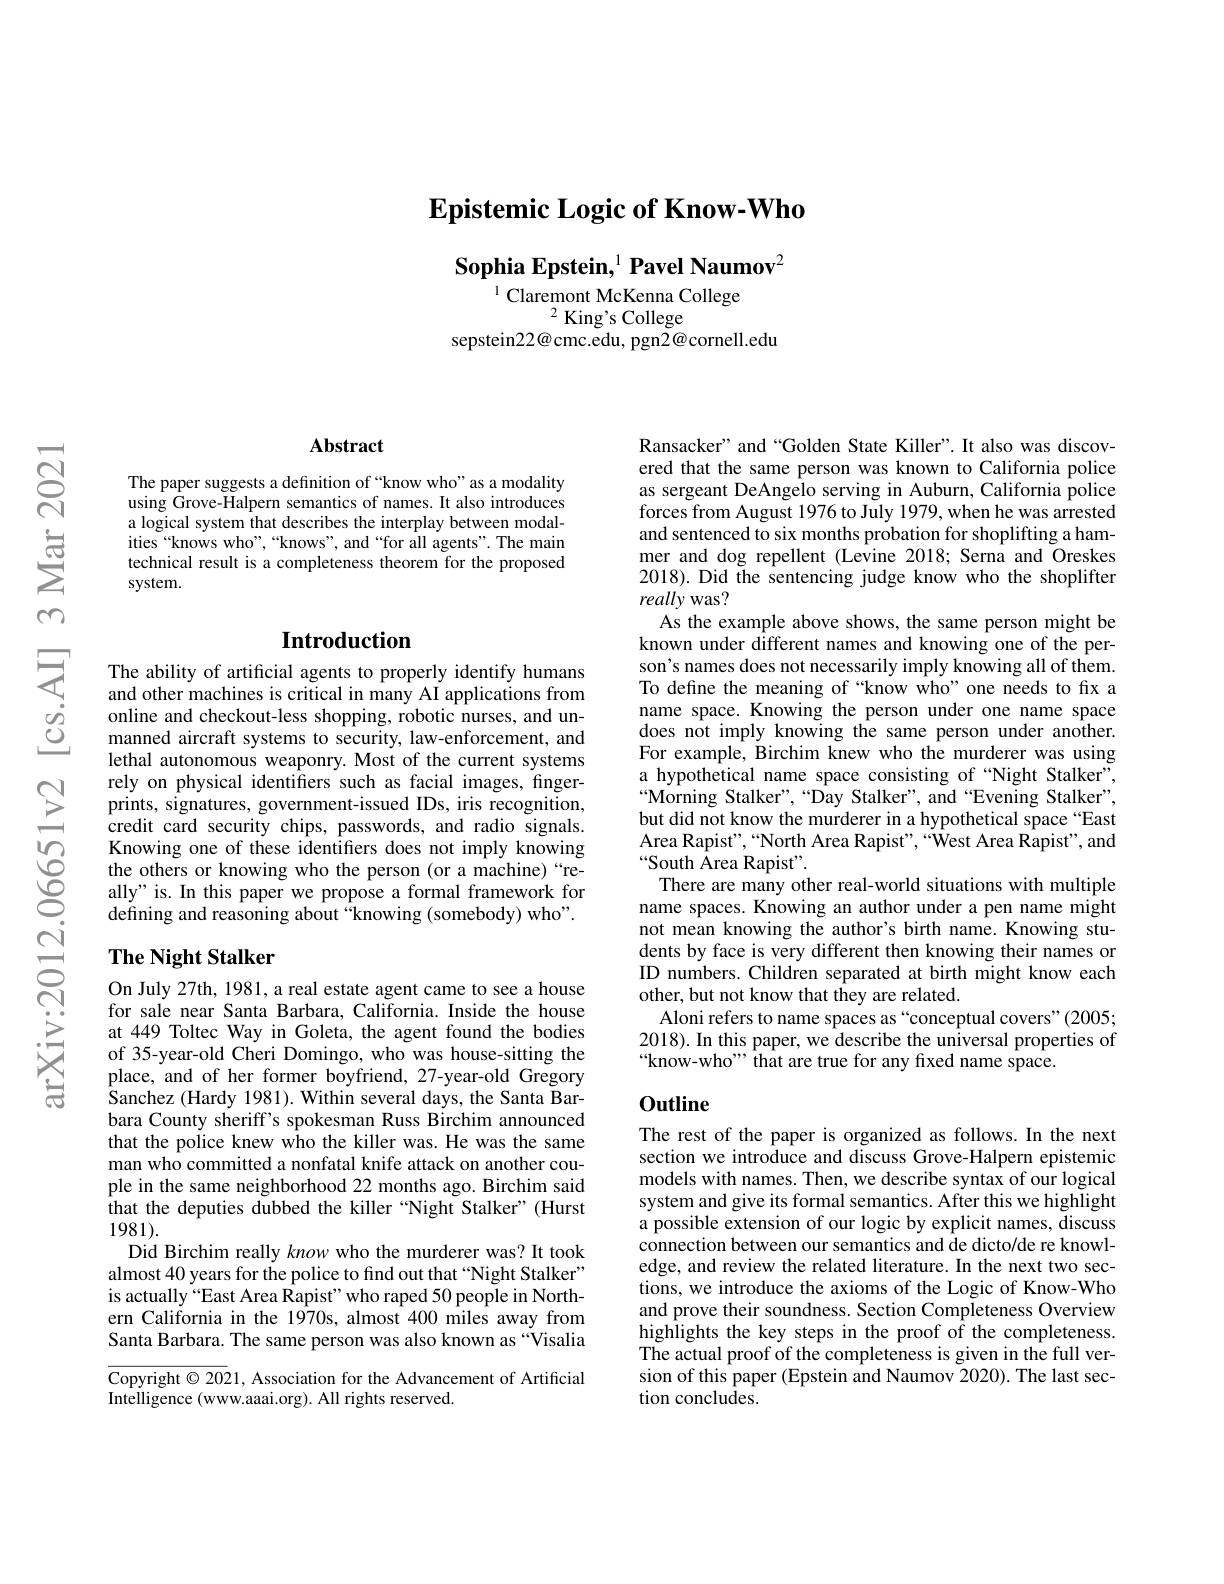
$\textbf{Epistemic Logic of Know- Who}$

Sophia Epstein,$^{1}$ Pavel Naumov$^{2}$
$^{1}$ Claremont McKenna College

$^{2}$King's College
sepstein22@cmc.edu, pgn2@cornell.edu

### $\mathbf{Abstract}$

The paper suggests a definition of “know who”as a modality using Grove-Halpern semantics of names. It also introduces a logical system that describes the interplay between modalities “knows who”,“knows", and“for all agents”. The main technical result is a completeness theorem for the proposed system.

## $\textbf{Introduction}$

The ability of artificial agents to properly identify humans and other machines is critical in many AI applications from online and checkout-less shopping, robotic nurses, and unmanned aircraft systems to security, law-enforcement, and lethal autonomous weaponry. Most of the current systems rely on physical identifiers such as facial images, finger-
Knowing one of these identifers does not imply knowing the others or knowing who the person (or a machine)“really" is. In this paper we propose a formal framework for defining and reasoning about “knowing (somebody) who".

## The Night Stalker

On July 27th, 1981, a real estate agent came to see a house for sale near Santa Barbara, California. Inside the house at 449 Toltec Way in Goleta, the agent found the bodies of 35-year-old Cheri Domingo, who was house-sitting the place, and of her former boyfriend, 27-year-old Gregory $\dot{\text{Sanchez (Hardy 1981). Within several days, the Santa Bar-}}$ bara County sheriff's spokesman Russ Birchim announced that the police knew who the killer was. He was the same man who committed a nonfatal knife attack on another couple in the same neighborhood 22 months ago. Birchim said that the deputies dubbed the killer “Night Stalker”(Hurst 1981).
Did Birchim really know who the murderer was? It took almost 40 years for the police to find out that “Night Stalker” is actually“East Area Rapist” who raped 50 people in Northern California in the 1970s, almost 400 miles away from Santa Barbara. The same person was also known as“Visalia

Copyright $\odot2021$, Association for the Advancement of Artificial
Intelligence (www.aaai.org). All rights reserved.

Ransacker" and “Golden State Killer”. It also was discovered that the same person was known to California police as sergeant DeAngelo serving in Auburn, California police forces from August 1976 to July 1979, when he was arrested and sentenced to six months probation for shoplifting a hammer and dog repellent (Levine 2018; Serna and Oreskes 2018). Did the sentencing judge know who the shoplifter really was?
As the example above shows, the same person might be known under different names and knowing one of the person's names does not necessarily imply knowing all of them. To define the meaning of “know who”one needs to fix a name space. Knowing the person under one name space does not imply knowing the same person under another. For example, Birchim knew who the murderer was using a hypothetical name space consisting of “Night Stalker”, $“$Morning Stalker",“Day Stalker”, and“Evening Stalker”, but did not know the murderer in a hypothetical space “East Area Rapist",“North Area Rapist”,““$\hat{\text{West Area Rapist", and}}$ $“$South Area Rapist".
There are many other real-world situations with multiple name spaces. Knowing an author under a pen name might not mean knowing the author's birth name. Knowing students by face is very different then knowing their names or ID numbers. Children separated at birth might know each other, but not know that they are related.
Aloni refers to name spaces as “conceptual covers”(2005; 2018). In this paper, we describe the universal properties of $“$know-who", that are true for any fixed name space.

## $0utline$

The rest of the paper is organized as follows. In the next section we introduce and discuss Grove-Halpern epistemic models with names. Then, we describe syntax of our logical system and give its formal semantics. After this we highlight a possible extension of our logic by explicit names, discuss connection between our semantics and de dicto/de re knowledge, and review the related literature. In the next two sections, we introduce the axioms of the Logic of Know-Who and prove their soundness. Section Completeness Overview highlights the key steps in the proof of the completeness. The actual proof of the completeness is given in the full version of this paper (Epstein and Naumov 2020). The last section concludes.